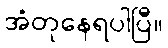
အံတုနေရပါပြီ။